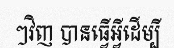
ៗវិញ បានធ្វើអ្វីដើម្បី